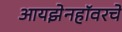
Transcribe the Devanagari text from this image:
आयझेनहॉवरचे